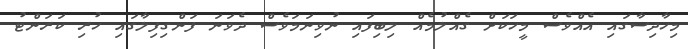
މިހާދިސާގައި އެއްވެސް މީހަކަށް ގެއްލުމެއް ލިބިފައި ނުވިނަމަވެސް ދެވަނަ ފަންގިފިލާގައި ހުރި ކަރަންޓު